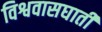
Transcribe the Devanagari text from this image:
विश्ववासघाती